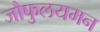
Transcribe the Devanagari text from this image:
जौफुलयमन